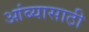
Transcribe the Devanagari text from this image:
आंब्यासाठी